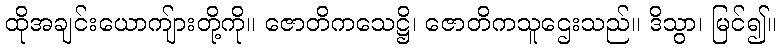
ထိုအချင်းယောကျ်ားတို့ကို။ ဇောတိကသေဋ္ဌိ၊ ဇောတိကသူဌေးသည်။ ဒိသွာ၊ မြင်၍။